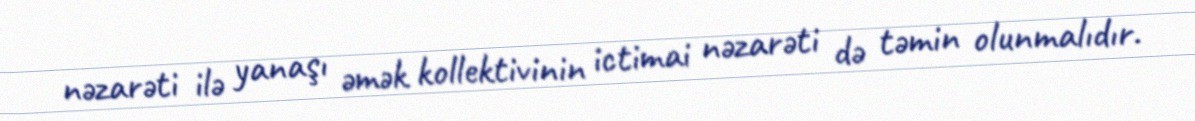
nəzarəti ilə yanaşı əmək kollektivinin ictimai nəzarəti də təmin olunmalıdır.